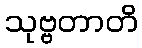
သုဗ္ဗတာတိ